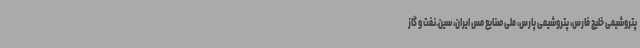
پتروشیمی خلیج فارس، پتروشیمی پارس، ملی صنایع مس ایران، سین.نفت و گاز